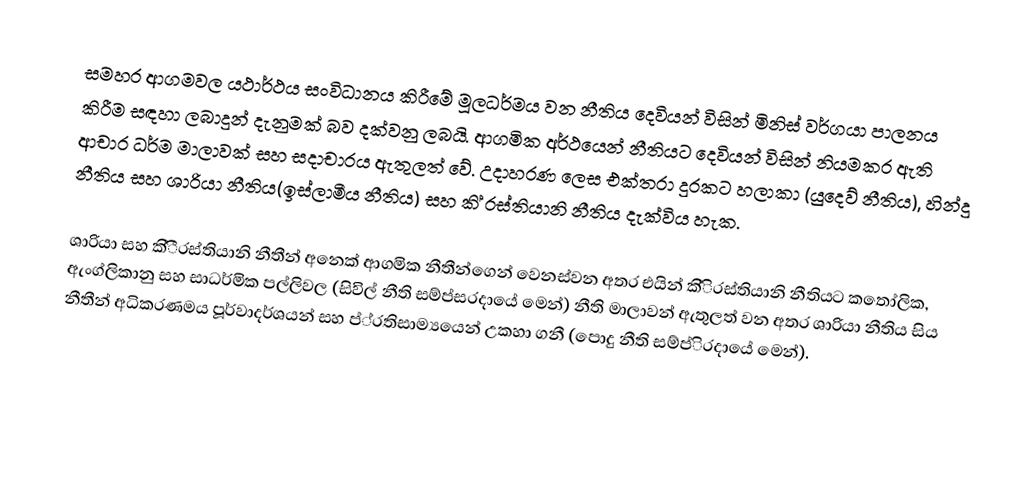
සමහර ආගමවල යථාර්ථය සංවිධානය කිරීමේ මූලධර්මය වන නීතිය දෙවියන් විසින් මිනිස් වර්ගයා පාලනය කිරීම සඳහා ලබාදුන් දැනුමක් බව දක්වනු ලබයි. ආගමික අර්ථයෙන් නීතියට දෙවියන් විසින් නියමකර ඇති ආචාර ධර්ම මාලාවක් සහ සදාචාරය ඇතුලත් වේ. උදාහරණ ලෙස එක්තරා දුරකට හලාකා (යුදෙව් නීතිය), හින්දු නීතිය සහ ශාරියා නීතිය(ඉස්ලාමීය නීතිය) සහ කි් ‍රස්තියානි නීතිය දැක්විය හැක.

ශාරියා සහ කි්ී‍රස්තියානි නීතීන් අනෙක් ආගමික නීතීන්ගෙන් වෙනස්වන අතර එයින් කි්ි‍රස්තියානි නීතියට කතෝලික, ඇංග්ලිකානු සහ සාධර්මික පල්ලිවල (සිවිල් නීති සම්ප්ස‍රදායේ මෙන්) නීති මාලාවන් ඇතුලත් වන අතර ශාරියා නීතිය සිය නීතීන් අධිකරණමය පූර්වාදර්ශයන් සහ ප්්‍රතිසාම්‍යයෙන් උකහා ගනී (පොදු නීති සම්ප්ි‍රදායේ මෙන්).